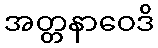
အတ္တနာဝေဒိ